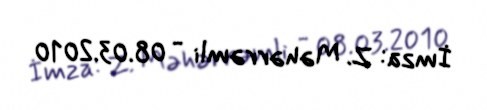
İmza: Z. Məhərrəmli - 08.03.2010